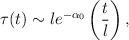
LaTeX: \begin{align*}\tau(t) \sim l e^{-\alpha_0} \left(\frac{t}{l}\right),\end{align*}